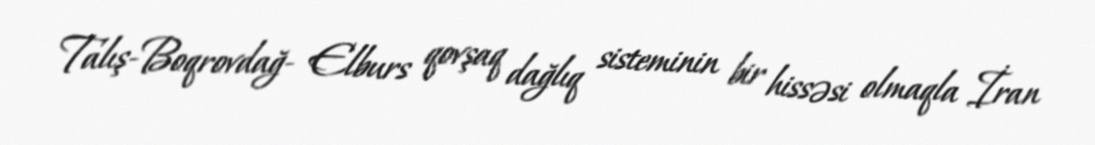
Talış-Boqrovdağ- Elburs qovşaq dağlıq sisteminin bir hissəsi olmaqla İran